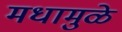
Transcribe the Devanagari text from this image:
मधामुळे